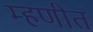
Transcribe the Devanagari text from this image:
म्हणीत